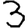
Digit: 3